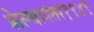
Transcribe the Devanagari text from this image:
केल्यानंतर१९४९